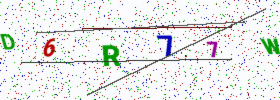
Text: D6R77W